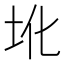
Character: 𪢼